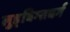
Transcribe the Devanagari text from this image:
लुड्विग्सबर्ग